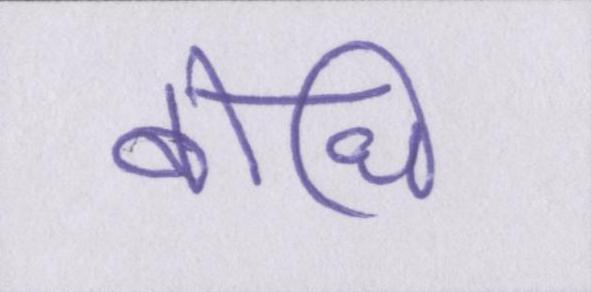
बोधि